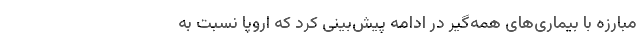
مبارزه با بیماری‌های همه‌گیر در ادامه پیش‌بینی کرد که اروپا نسبت به